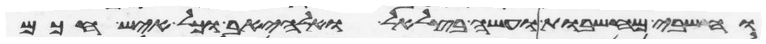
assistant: וחשבי מחשבות ועשה בצלאל ואהליאב וכל איש חכם